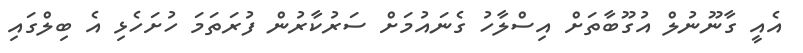
އެއީ ގާނޫނުލް އުގޫބާތަށް އިސްލާހު ގެނައުމަށް ސަރުކާރުން ފުރަތަމަ ހުށަހެޅި އެ ބިލްގައި